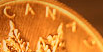
CANAD